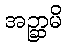
အဉ္ဆာမိ